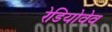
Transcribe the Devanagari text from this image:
रेडियोवेव